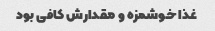
غذا خوشمزه و مقدارش کافی بود